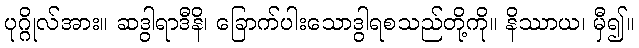
ပုဂ္ဂိုလ်အား။ ဆဒွါရာဒီနိ၊ ခြောက်ပါးသောဒွါရစသည်တို့ကို။ နိဿာယ၊ မှီ၍။